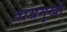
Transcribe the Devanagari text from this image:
ताम्रमुखी